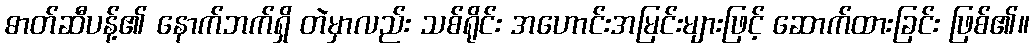
ဓာတ်ဆီပန့်၏ နောက်ဘက်ရှိ တဲမှာလည်း သစ်ရိုင်း အဟောင်းအမြင်းများဖြင့် ဆောက်ထားခြင်း ဖြစ်၏။